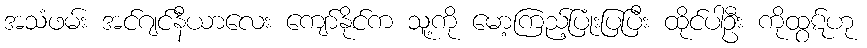
အသံဖမ်း အင်ဂျင်နီယာလေး ကျော်နိုင်က သူ့ကို မော့ကြည့်ပြုံးပြပြီး ထိုင်ပါဦး ကိုထွဋ်ဟု